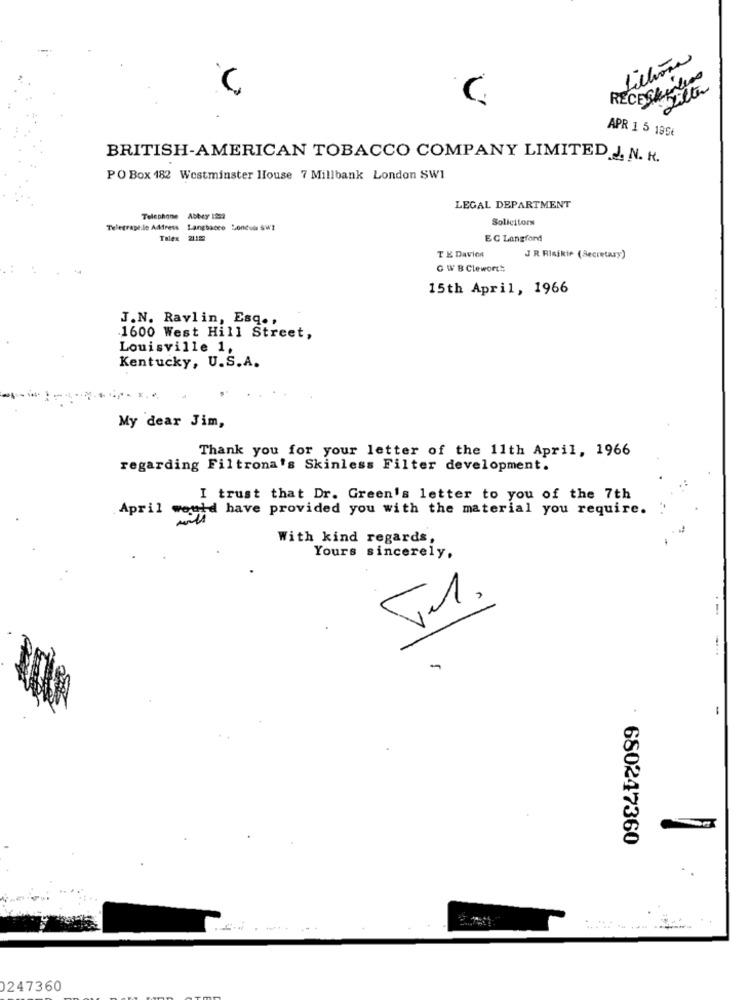
Julhona
RECESkinlion
Sitter
APR 1 5 199€
BRITISH-AMERICAN TOBACCO COMPANY LIMITED J. N. K.
PO Box 182 Westminster House 7 Millbank London SW1
LEGAL DEPARTMENT
Telephone Abbey 1223
Solicitors
Telegrast.le Adress Langbacco London SW1
EC Langford
TE Davice
J R Rinikie (Secretary)
G WB Clewort:
15th April, 1966
J.N. Ravlin, Esq .,
1600 West Hill Street,
Louisville 1,
Kentucky, U.S.A.
My dear Jim,
Thank you for your letter of the 11th April, 1966
regarding Filtrona's Skinless Filter development.
I trust that Dr. Green's letter to you of the 7th
April
wegyd have provided you with the material you require.
With kind regards,
Yours sincerely.
-
680247360
0247360